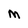
Character: M